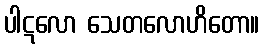
ပါဋလော သေတလောဟိတော။